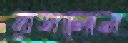
রসলেন